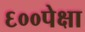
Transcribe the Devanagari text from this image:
६००पेक्षा